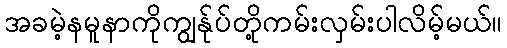
အခမဲ့နမူနာကိုကျွန်ုပ်တို့ကမ်းလှမ်းပါလိမ့်မယ်။